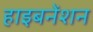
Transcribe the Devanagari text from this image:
हाइबनेंशन